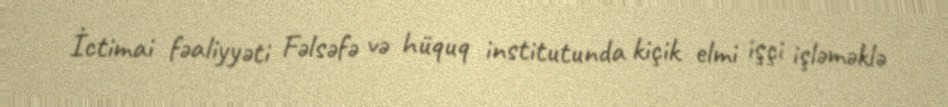
İctimai fəaliyyəti Fəlsəfə və hüquq institutunda kiçik elmi işçi işləməklə